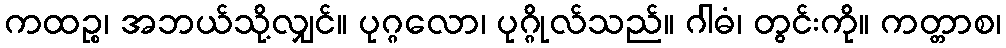
ကထဉ္စ၊ အဘယ်သို့လျှင်။ ပုဂ္ဂလော၊ ပုဂ္ဂိုလ်သည်။ ဂါဓံ၊ တွင်းကို။ ကတ္တာစ၊